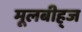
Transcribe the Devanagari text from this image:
मूलबीह्ज